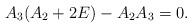
LaTeX: \begin{align*}A_{3}(A_{2}+2E)-A_{2}A_{3}=0.\end{align*}